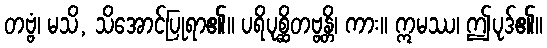
တဗ္ဗံ၊ မသိ, သိအောင်ပြုရာ၏။ ပရိပုစ္ဆိတဗ္ဗန္တိ၊ ကား။ ဣမဿ၊ ဤပုဒ်၏။